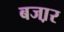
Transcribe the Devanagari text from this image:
बजा़र